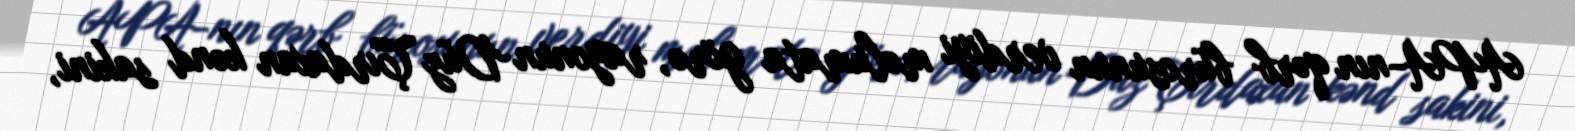
APA-nın qərb bürosunun verdiyi məlumata görə, rayonun Düz Çırdaxan kənd sakini,